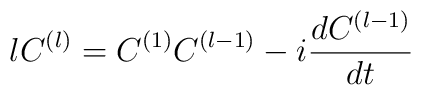
lC^{(l)} = C^{(1)}C^{(l-1)}  -i\frac{dC^{(l-1)}}{dt}